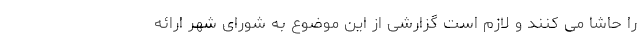
را حاشا می کنند و لازم است گزارشی از این موضوع به شورای شهر ارائه